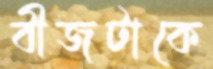
বীজটাকে